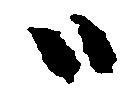
ハ